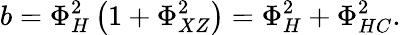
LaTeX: b=\Phi_{H}^{2}\left(1+\Phi_{XZ}^{2}\right)=\Phi_{H}^{2}+\Phi_{HC}^{2}.